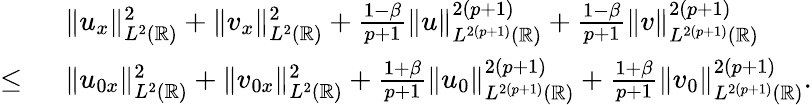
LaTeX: \begin{array}{rl}&{\| u_{x}\| _{L^{2}(\mathbb{R})}^{2}+\| v_{x}\| _{L^{2}(\mathbb{R})}^{2}+\frac{1-\beta}{p+1}\| u\| _{L^{2(p+1)}(\mathbb{R})}^{2(p+1)}+\frac{1-\beta}{p+1}\| v\| _{L^{2(p+1)}(\mathbb{R})}^{2(p+1)}}\\ {\leq\ }&{\| u_{0x}\| _{L^{2}(\mathbb{R})}^{2}+\| v_{0x}\| _{L^{2}(\mathbb{R})}^{2}+\frac{1+\beta}{p+1}\| u_{0}\| _{L^{2(p+1)}(\mathbb{R})}^{2(p+1)}+\frac{1+\beta}{p+1}\| v_{0}\| _{L^{2(p+1)}(\mathbb{R})}^{2(p+1)}.}\end{array}